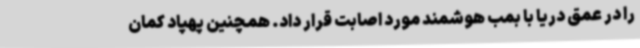
را در عمق دریا با بمب هوشمند مورد اصابت قرار داد. همچنین پهپاد کمان